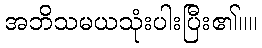
အဘိသမယသုံးပါးပြီး၏။။